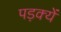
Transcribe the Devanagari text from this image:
पड़क्यें